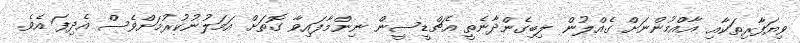
ވިޔަފާރިތަކާއި އާއްމުންނަށް ގެއްލުން ލިބިގެންދާނެތީ އެޗްޑީސީން ނިންމާފައިވާ ގޮތަށް އަމަލުނުކުރުމަށްވެސް އެދިފަ އެވެ.